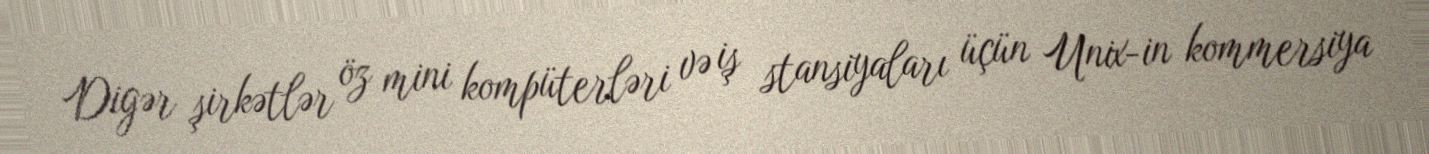
Digər şirkətlər öz mini kompüterləri və iş stansiyaları üçün Unix-in kommersiya